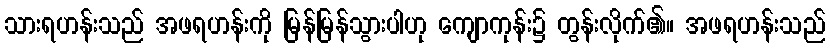
သားရဟန်းသည် အဖရဟန်းကို မြန်မြန်သွားပါဟု ကျောကုန်း၌ တွန်းလိုက်၏။ အဖရဟန်းသည်